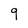
Character: 9